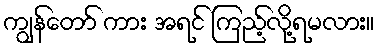
ကျွန်တော် ကား အရင် ကြည့်လို့ရမလား။